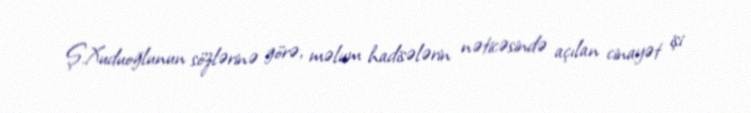
Ş.Xuduoğlunun sözlərinə görə, məlum hadisələrin nəticəsində açılan cinayət işi